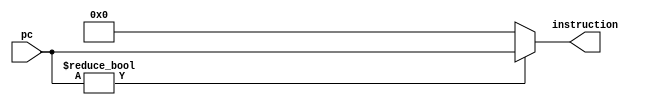
module instr_mem          // a synthesisable rom implementation  
 (  
      input     [31:0]     pc,  
      output wire    [31:0]          instruction  
 );  
      wire [4: 0] rom_addr = pc[5: 1];   
      reg [31:0] rom[21:0];  
      initial  
      begin  
                rom[0] <= 32'b00100000000010000000000000100000; //addi $t0, $zero, 32 
                rom[1] <= 32'b00100000000010010000000000110111; //addi $t1, $zero, 55  
                rom[2] <= 32'b00000001000010011000000000100100; //and $s0, $t0, $t1 
                rom[3] <= 32'b00000001000010011000000000100101; //or $s0, $t0, $t1  
                rom[4] <= 32'b10101100000100000000000000000100; //sw $s0, 4($zero)  
                rom[5] <= 32'b00000001000010011001000000100010; //sub $s2, $t0, $t1 
                rom[6] <= 32'b10101100000010000000000000001000; //sw $t0, 8($zero)  
                rom[7] <= 32'b00000001000010011001000000100010; //sub $s2, $t0, $t1   
                rom[8] <= 32'b00010010001100100000000000001001; //beq $s1, $s2, error0  
                rom[9] <= 32'b10001100000100010000000000000100; //lw $s1, 4($zero)  
                rom[10] <= 32'b00110010001100100000000001001000; //andi $s2, $s1, 48   
                rom[11] <= 32'b00010010001100100000000000001001; //beq $s1, $s2, error1  
                rom[12] <= 32'b00000010010100011010000000101010; //slt $s4, $s2, $s1 (Last)  
                rom[13] <= 32'b00000010001000001001000000100000; //add $s2, $s1, $0  
                rom[14] <= 32'b00001100000000000000000000001110; //jal last;  
                rom[15] <= 32'b00100000000010000000000000000000; //addi $t0, $0, 0(error0)
                rom[16] <= 32'b00100000000010010000000000000000; //addi $t1, $0, 0 
                rom[17] <= 32'b00100000000010000000000000000001; //addi $t0, $0, 1(error1);
                rom[18] <= 32'b00100000000010010000000000000001; //addi $t1, $0, 1 ;
                rom[19] <= 32'b00110100000010000000000000000000; //ori $t0, $0, 0(error0)
                rom[20] <= 32'b00001000000000000000000000011111; //j EXIT;
      end 
      assign instruction = (pc[31:0] != 0 )? pc[31:0]:32'b0;
 endmodule